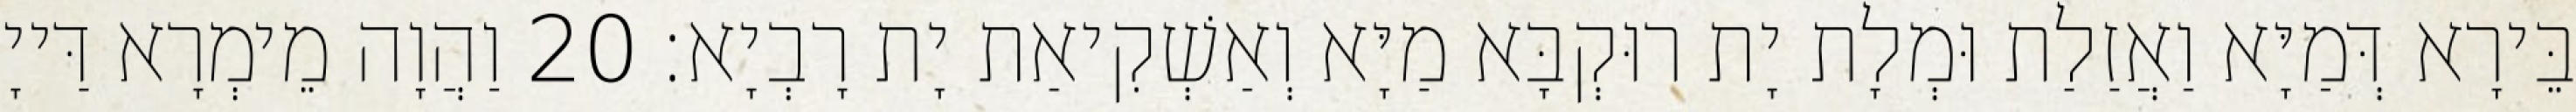
בֵּירָא דְּמַיָּא וַאֲזַלַת וּמְלָת יָת רוּקְבָּא מַיָּא וְאַשְׁקִיאַת יָת רָבְיָא׃ 20 וַהֲוָה מֵימְרָא דַּייָ